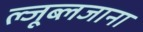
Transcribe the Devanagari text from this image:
ल्जूब्लजाना